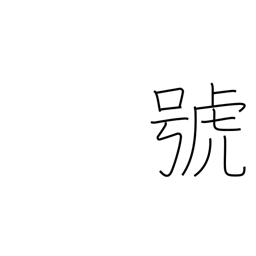
Meaning: symbol